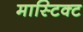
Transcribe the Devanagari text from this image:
मास्टिक्ट